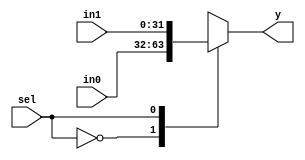
module mux2_1(in0,in1,y,sel);
parameter DATA_LENGTH = 32;

input [DATA_LENGTH-1:0] in0,in1;
input sel;
output reg [DATA_LENGTH-1:0]y;

always @(in0 or in1 or sel)
begin
	case(sel)
		1'b0: y = in0;
		1'b1: y = in1;
	endcase
end


endmodule